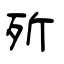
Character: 歽